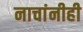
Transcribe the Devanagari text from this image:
नाचांनीही